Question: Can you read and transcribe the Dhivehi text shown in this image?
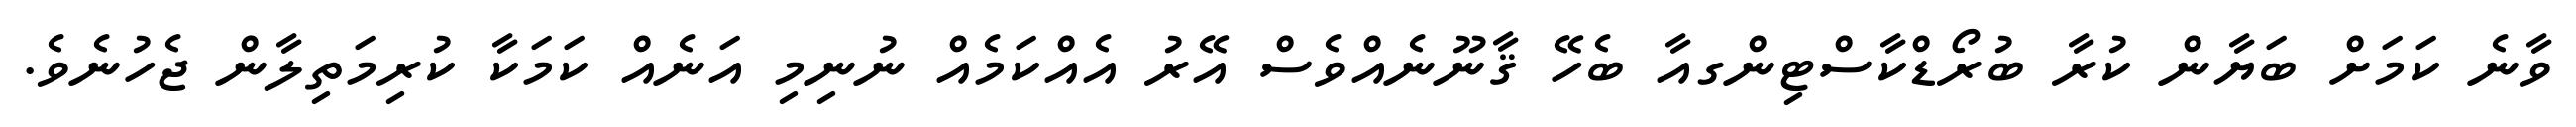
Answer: ވާނެ ކަމަށް ބަޔާން ކުރާ ބުރޯޑްކާސްޓިންގއާ ބެހޭ ޤާނޫނެއްވެސް އޭރު އެއްކަމެއް ނުނިމި އަނެއް ކަމަކާ ކުރިމަތިލާން ޖެހުނެވެ.